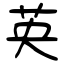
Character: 英